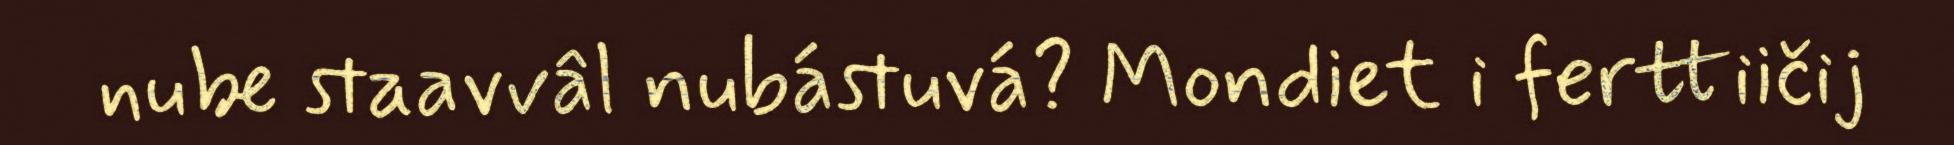
nube staavvâl nubástuvá? Mondiet i ferttiičij